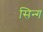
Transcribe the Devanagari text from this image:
सिन्ग